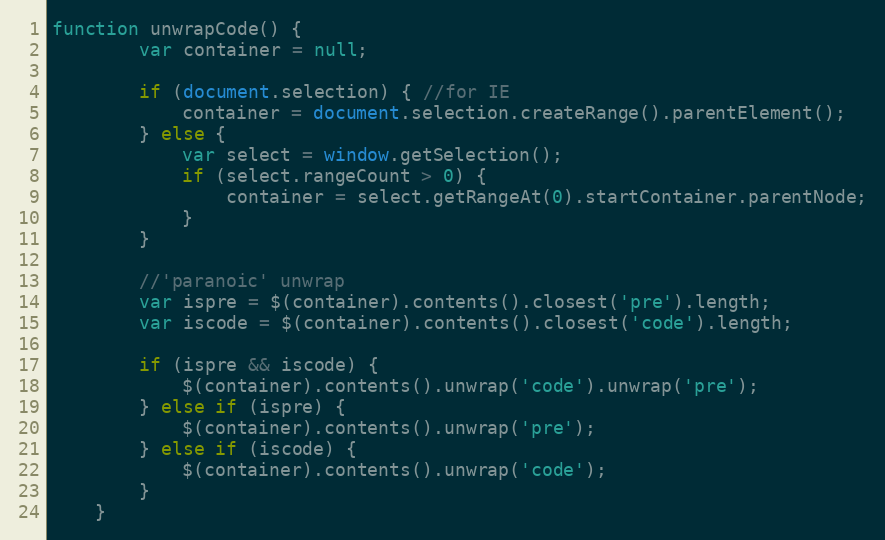
Language: JavaScript
function unwrapCode() {
        var container = null;

        if (document.selection) { //for IE
            container = document.selection.createRange().parentElement();
        } else {
            var select = window.getSelection();
            if (select.rangeCount > 0) {
                container = select.getRangeAt(0).startContainer.parentNode;
            }
        }

        //'paranoic' unwrap
        var ispre = $(container).contents().closest('pre').length;
        var iscode = $(container).contents().closest('code').length;

        if (ispre && iscode) {
            $(container).contents().unwrap('code').unwrap('pre');
        } else if (ispre) {
            $(container).contents().unwrap('pre');
        } else if (iscode) {
            $(container).contents().unwrap('code');
        }
    }